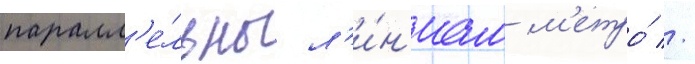
паралл'е́льны л'и́н'иам м'етро́ //